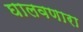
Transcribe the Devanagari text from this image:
घालवणारा